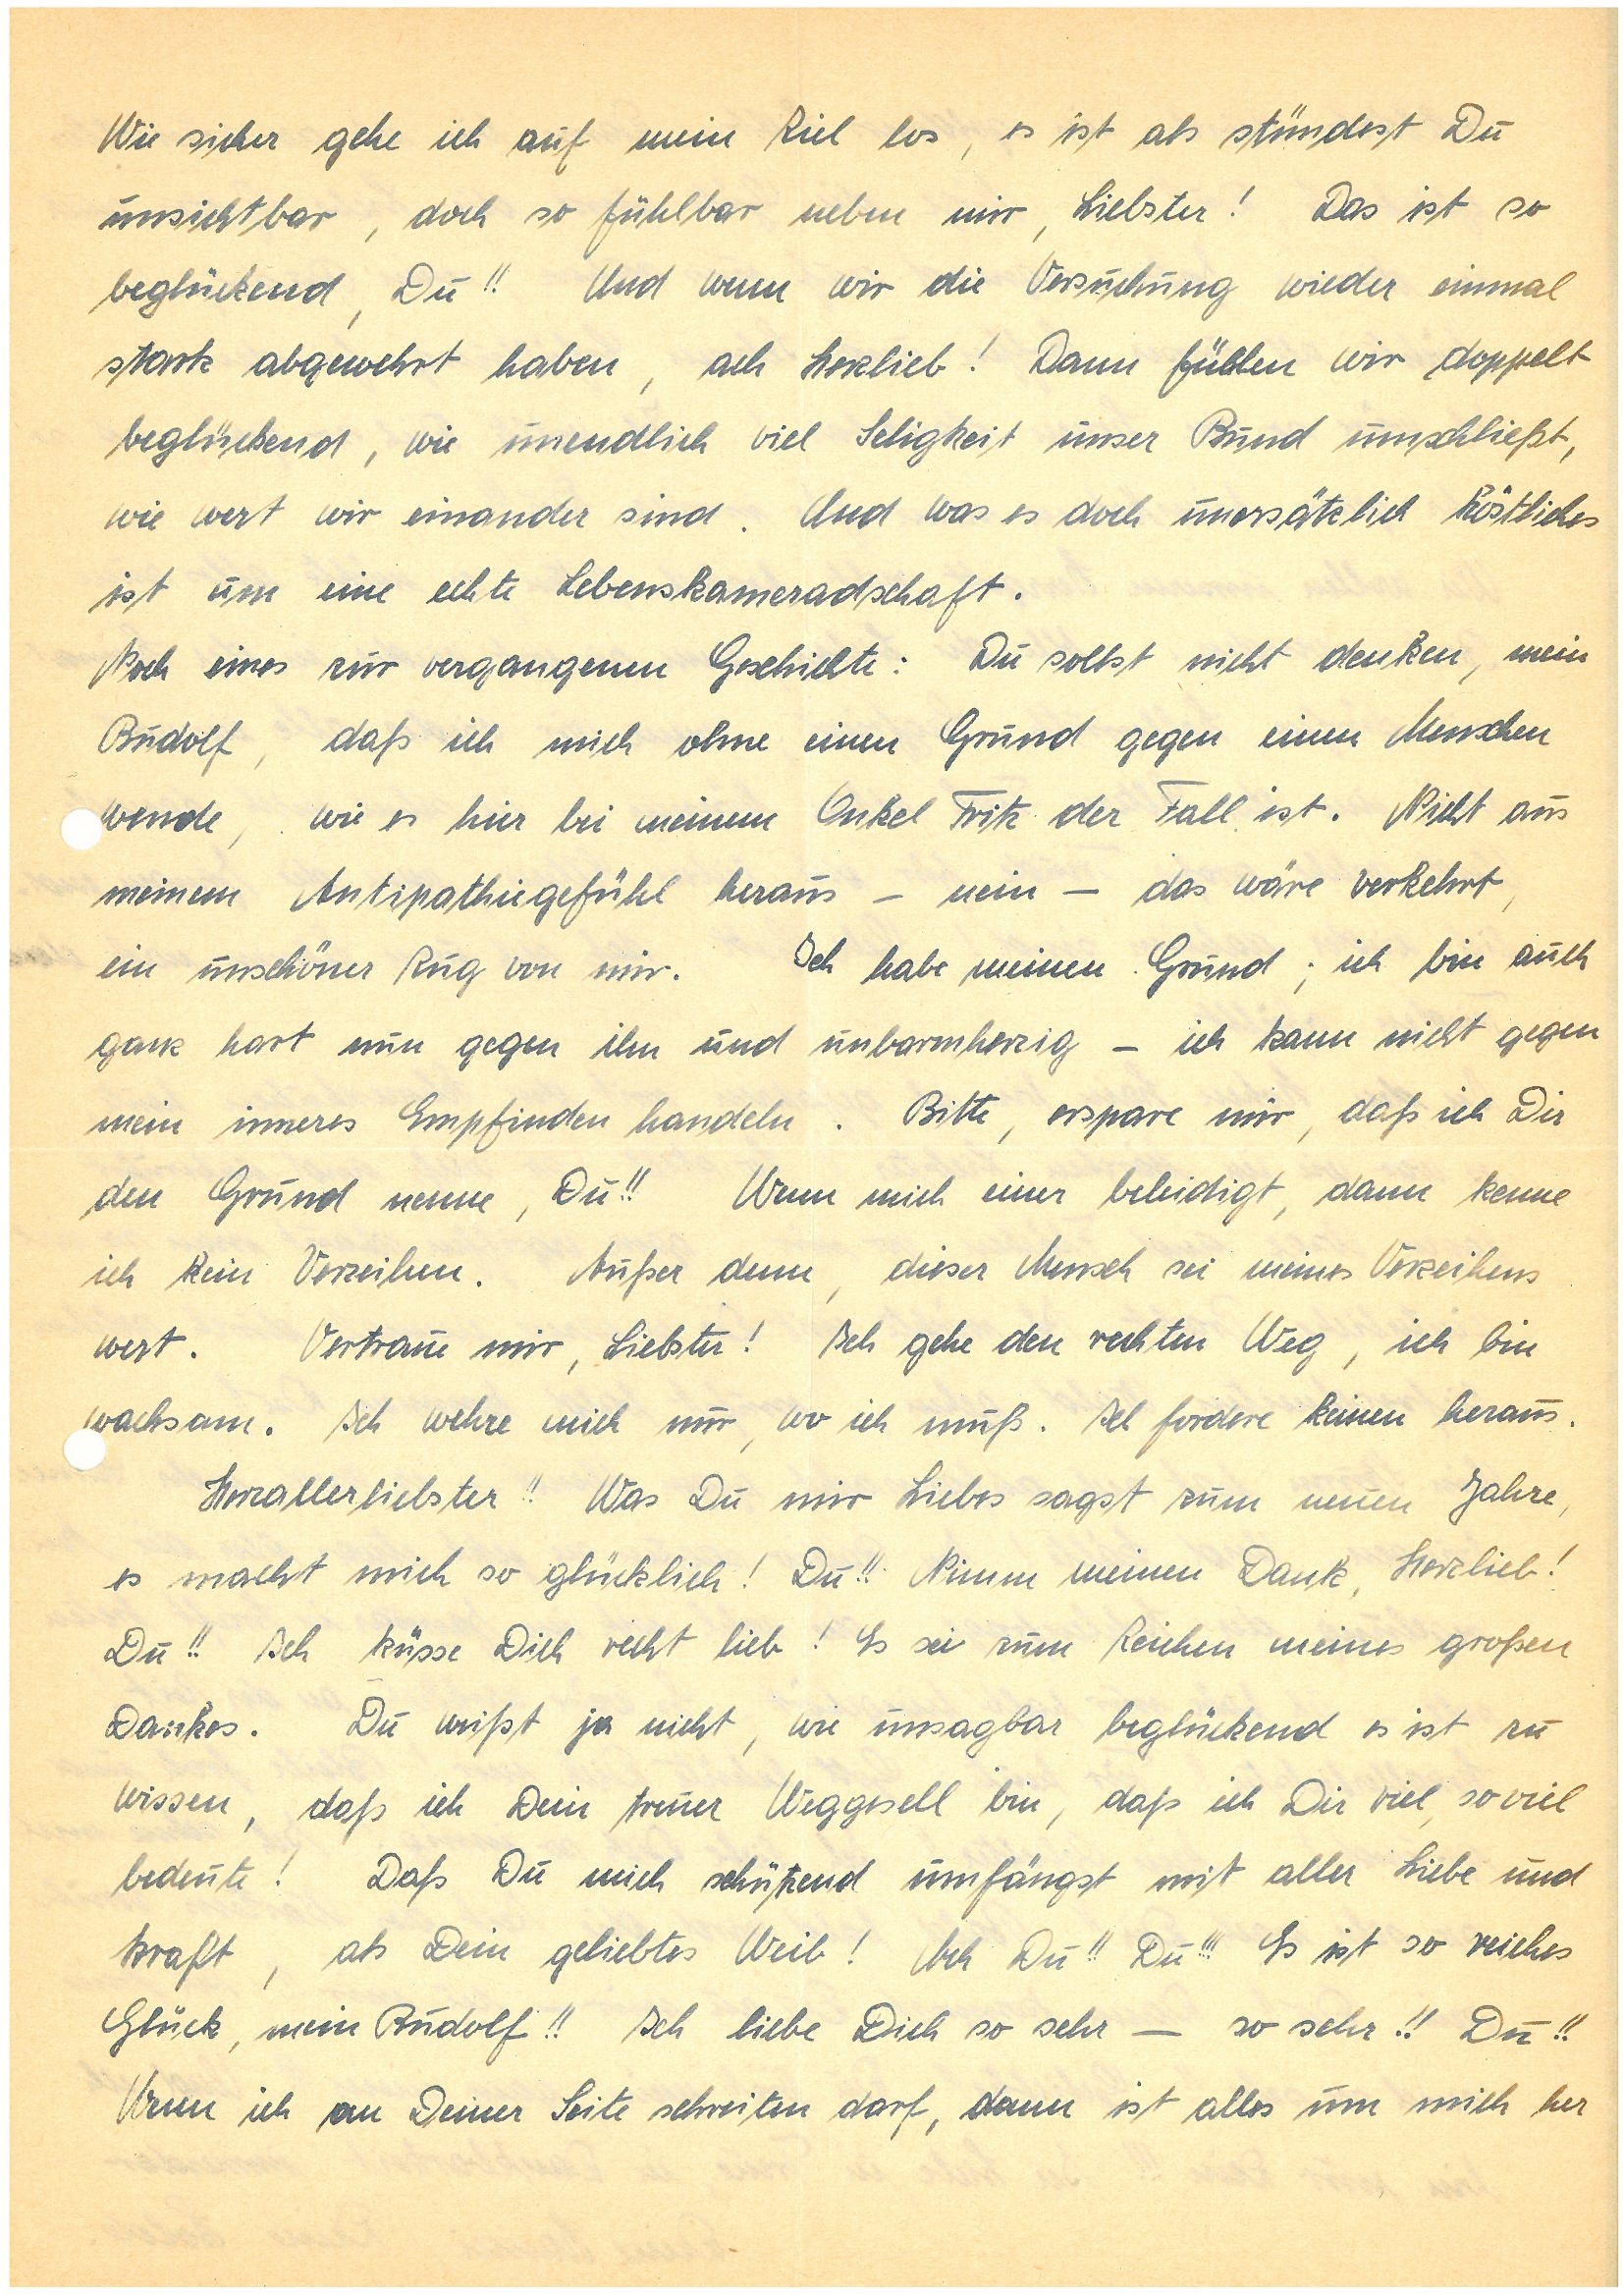
Wie sicher gehe ich auf mein Ziel los, es ist als stündest Du
unsichtbar, doch so fühlbar neben mir, Liebster! Das ist so
beglückend, Du!! Und wenn wir die Versuchung wieder einmal
stark abgewehrt haben, ach Herzlieb! Dann fühlen wir doppelt
beglückend, wie unendlich viel Seligkeit unser Bund umschließt,
wie wert wir einander sind. Und was es doch unersätzlich Köstliches
ist um eine echte Lebenskameradschaft.
Noch eines zur vergangenen Geschichte: Du sollst nicht denken, mein
, daß ich mich ohne einen Grund gegen einen Menschen
wende, wie es hier bei meinem Onkel F. der Fall ist. Nicht aus
meinem Antipathiegefühl heraus — nein — das wäre verkehrt,
ein unschöner Zug von mir. Ich habe meinen Grund; ich bin auch
ganz hart nun gegen ihn und unbarmherzig — ich kann nicht gegen
mein inneres Empfinden handeln. Bitte erspare mir, daß ich Dir
den Grund nenne, Du!! Wenn mich einer beleidigt, dann kenne
ich kein Verzeihen. Außer dem, dieser Mensch sei meines Verzeihens
wert. Vertraue mir, Liebster! Ich gehe den rechten Weg, ich bin
wachsam. Ich wehre mich nur, wo ich muß. Ich fordere keinen heraus.
Herzallerliebster!! Was Du mir Liebes sagst zum neuen Jahre,
es macht mich so glücklich! Du!! Nimm meinen Dank, Herzlieb!
Du!! Ich küsse Dich recht lieb! Es sei zum Zeichen meines großen
Dankes. Du weißt ja nicht, wie unsagbar beglückend es ist zu
wissen, daß ich Dein treuer Weggesell bin, daß ich Dir viel, so viel
bedeute! Daß Du mich schützend umfängst mit aller Liebe und
Kraft, als Dein geliebtes Weib! Ach Du!! Du!!! Es ist so reiches
Glück, mein !! Ich liebe Dich so sehr — so sehr!! Du!!
Wenn ich an Deiner Seite schreiten darf, dann ist alles um mich her